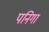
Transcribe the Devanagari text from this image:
पनिगा